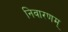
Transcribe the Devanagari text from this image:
निवारणम्